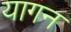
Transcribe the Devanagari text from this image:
यागन